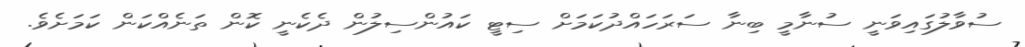
ސުވާލުގައިވަނީ ސުނާމީ ބިނާ ސަރަހައްދުކަމަށް ސިޓީ ކައުންސިލުން ދެކެނީ ކޮން ތަނެއްކަން ކަމަށެވެ.